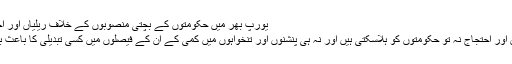
یورپ بھر میں حکومتوں کے بچتی منصوبوں کے خلاف ریلیاں اور احتجاج جاری
تاہم یہ ریلیاں اور احتجاج نہ تو حکومتوں کو ہلاسکتی ہیں اور نہ ہی پنشنوں اور تنخواہوں میں کمی کے ان کے فیصلوں میں کسی تبدیلی کا باعث بن سکتی ہیں۔